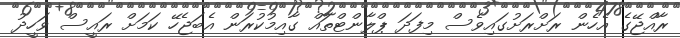
ރާއްޖޭގެ އެހެން ރަށްރަށުގައިވެސް މިފަދަ ޕްލާންޓްތައް ގާއިމުކުރަން އެބަޖެހޭ ކަމަށް ރައީސް ވަހީދު